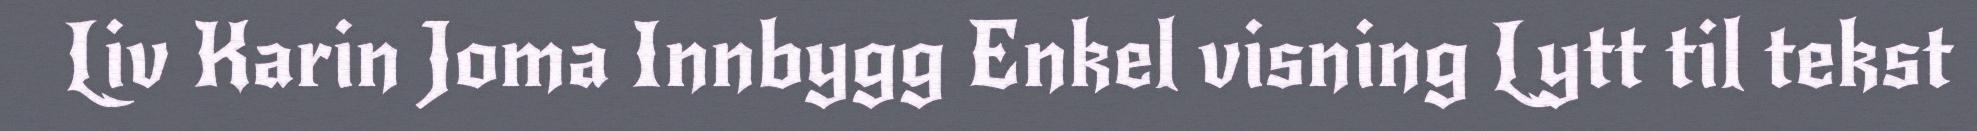
Liv Karin Joma Innbygg Enkel visning Lytt til tekst